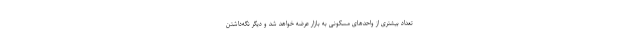
تعداد بیشتری از واحدهای مسکونی به بازار عرضه خواهد شد و دیگر نگه‌داشتن